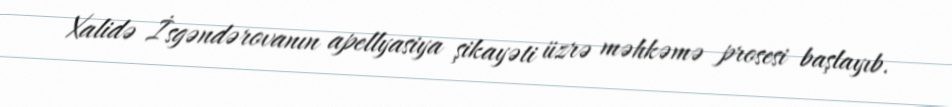
Xalidə İsgəndərovanın apellyasiya şikayəti üzrə məhkəmə prosesi başlayıb.